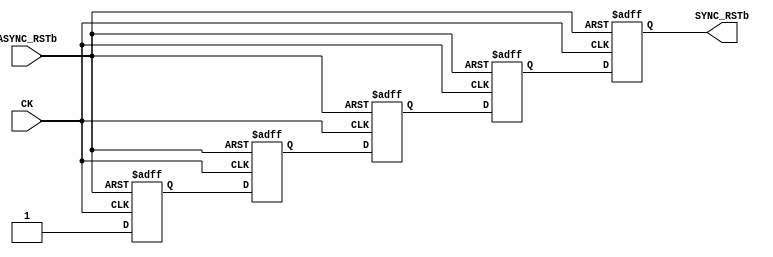
module SyncReset(CK, ASYNC_RSTb, SYNC_RSTb);
input CK, ASYNC_RSTb;
output SYNC_RSTb;

reg SYNC_RSTb;
reg x1, x2, x3, x4;

always @(posedge CK or negedge ASYNC_RSTb)
begin
	if( ASYNC_RSTb == 0 )
	begin
		x1 <= 0; x2 <= 0; x3 <= 0; x4 <= 0;
		SYNC_RSTb <= 0;
	end
	else
	begin
		x1 <= 1'b1;
		x2 <= x1;
		x3 <= x2;
		x4 <= x3;
		SYNC_RSTb <= x4;
	end
end

endmodule